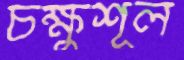
চক্ষুশূল